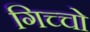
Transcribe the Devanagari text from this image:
गिच्चो